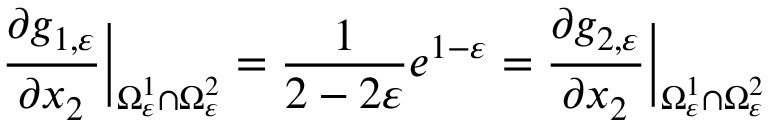
\frac { \partial g _ { 1 , \varepsilon } } { \partial x _ { 2 } } \Big | _ { \Omega _ { \varepsilon } ^ { 1 } \cap \Omega _ { \varepsilon } ^ { 2 } } = \frac { 1 } { 2 - 2 \varepsilon } e ^ { 1 - \varepsilon } = \frac { \partial g _ { 2 , \varepsilon } } { \partial x _ { 2 } } \Big | _ { \Omega _ { \varepsilon } ^ { 1 } \cap \Omega _ { \varepsilon } ^ { 2 } }